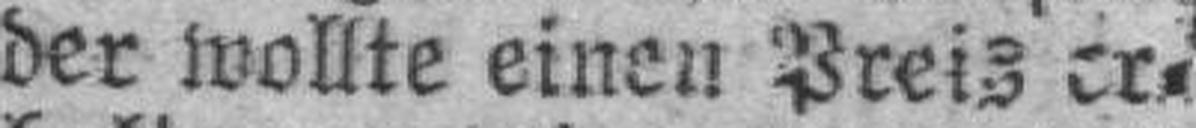
der wollte einen Preis er¬